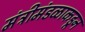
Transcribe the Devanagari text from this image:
मंत्रीमंडळाकडून